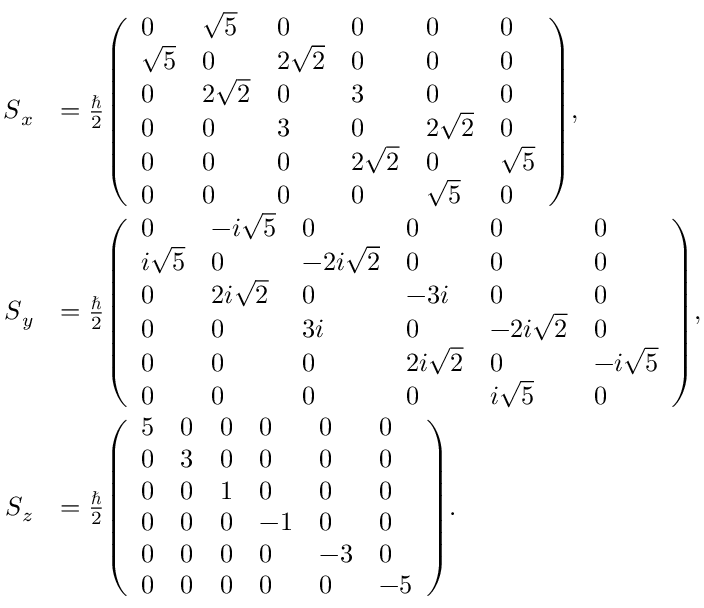
{ \begin{array} { r l } { { \boldsymbol { S } } _ { x } } & { = { \frac { \hbar } { 2 } } { \left( \begin{array} { l l l l l l } { 0 } & { { \sqrt { 5 } } } & { 0 } & { 0 } & { 0 } & { 0 } \\ { { \sqrt { 5 } } } & { 0 } & { 2 { \sqrt { 2 } } } & { 0 } & { 0 } & { 0 } \\ { 0 } & { 2 { \sqrt { 2 } } } & { 0 } & { 3 } & { 0 } & { 0 } \\ { 0 } & { 0 } & { 3 } & { 0 } & { 2 { \sqrt { 2 } } } & { 0 } \\ { 0 } & { 0 } & { 0 } & { 2 { \sqrt { 2 } } } & { 0 } & { { \sqrt { 5 } } } \\ { 0 } & { 0 } & { 0 } & { 0 } & { { \sqrt { 5 } } } & { 0 } \end{array} \right) } , } \\ { { \boldsymbol { S } } _ { y } } & { = { \frac { \hbar } { 2 } } { \left( \begin{array} { l l l l l l } { 0 } & { - i { \sqrt { 5 } } } & { 0 } & { 0 } & { 0 } & { 0 } \\ { i { \sqrt { 5 } } } & { 0 } & { - 2 i { \sqrt { 2 } } } & { 0 } & { 0 } & { 0 } \\ { 0 } & { 2 i { \sqrt { 2 } } } & { 0 } & { - 3 i } & { 0 } & { 0 } \\ { 0 } & { 0 } & { 3 i } & { 0 } & { - 2 i { \sqrt { 2 } } } & { 0 } \\ { 0 } & { 0 } & { 0 } & { 2 i { \sqrt { 2 } } } & { 0 } & { - i { \sqrt { 5 } } } \\ { 0 } & { 0 } & { 0 } & { 0 } & { i { \sqrt { 5 } } } & { 0 } \end{array} \right) } , } \\ { { \boldsymbol { S } } _ { z } } & { = { \frac { \hbar } { 2 } } { \left( \begin{array} { l l l l l l } { 5 } & { 0 } & { 0 } & { 0 } & { 0 } & { 0 } \\ { 0 } & { 3 } & { 0 } & { 0 } & { 0 } & { 0 } \\ { 0 } & { 0 } & { 1 } & { 0 } & { 0 } & { 0 } \\ { 0 } & { 0 } & { 0 } & { - 1 } & { 0 } & { 0 } \\ { 0 } & { 0 } & { 0 } & { 0 } & { - 3 } & { 0 } \\ { 0 } & { 0 } & { 0 } & { 0 } & { 0 } & { - 5 } \end{array} \right) } . } \end{array} }